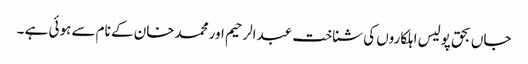
جاں بحق پولیس اہلکاروں کی شناخت عبدالرحیم اور محمدخان کے نام سے ہوئی ہے ۔